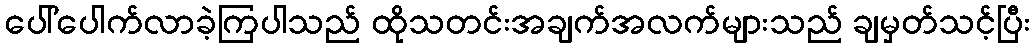
ပေါ်ပေါက်လာခဲ့ကြပါသည် ထိုသတင်းအချက်အလက်များသည် ချမှတ်သင့်ပြီး